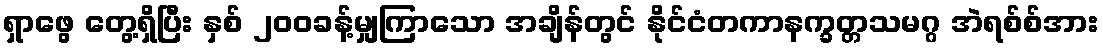
ရှာဖွေ တွေ့ရှိပြီး နှစ် ၂၀၀ခန့်မျှကြာသော အချိန်တွင် နိုင်ငံတကာနက္ခတ္တသမဂ္ဂ အဲရစ်စ်အား